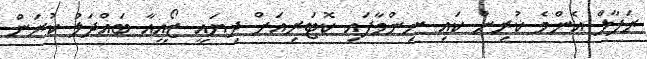
ރަފާލް އެންމެ ކުރިން ކައި ނިންމާފައި ކޮޓަރިއަށް ދިޔައީ ޒޯއީއާ ބައްދަލު ކުރަން